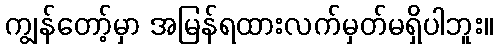
ကျွန်တော့်မှာ အမြန်ရထားလက်မှတ်မရှိပါဘူး။